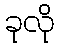
ခုလို